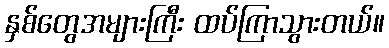
နှစ်တွေအများကြီး ထပ်ကြာသွားတယ်။